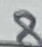
Text: 8